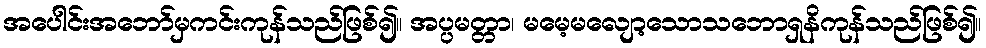
အပေါင်းအဘော်မှကင်းကုန်သည်ဖြစ်၍။ အပ္ပမတ္တာ၊ မမေ့မလျော့သောသဘောရှနိကုန်သည်ဖြစ်၍။